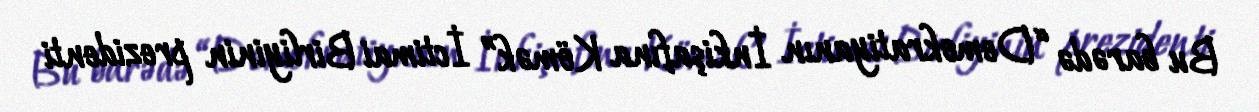
Bu barədə “Demokratiyanın İnkişafına Kömək” İctimai Birliyinin prezidenti